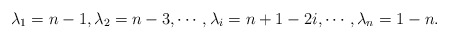
\begin{align*}\lambda_1=n-1, \lambda_2=n-3, \cdots, \lambda_{i}=n+1-2i, \cdots, \lambda_n= 1-n.\end{align*}